Document type: Sale
Year: 1274
Scribe: [Unknown]
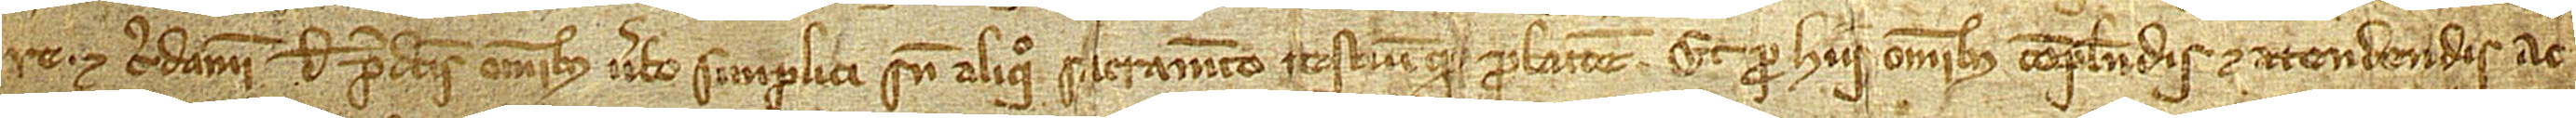
re. Et credamur de predictis omnibus verbo simplici, sine aliquo sacramento testiumque probatione. Et pro hiis omnibus complendis et atendendis ac